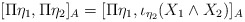
\begin{align*}[\Pi\eta_1,\Pi\eta_2]_{A}= [\Pi\eta_1,\iota_{\eta_2}(X_1\wedge X_2)]_{A}\end{align*}